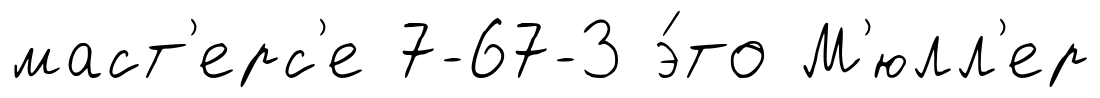
маст'ерс'е 7-67-3 э́то М'юлл'ер